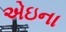
એઇના